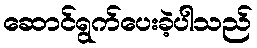
ဆောင်ရွက်ပေးခဲ့ပါသည်